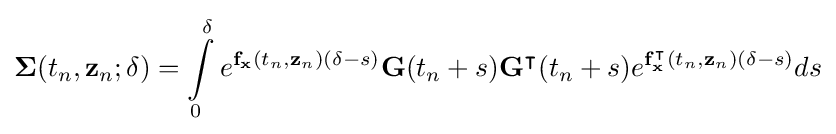
\mathbf {\Sigma } (t_{n},\mathbf {z} _{n};\delta )=\int \limits _{0}^{\delta }e^{\mathbf {f} _{\mathbf {x} }(t_{n},\mathbf {z} _{n})(\delta -s)}\mathbf {G} (t_{n}+s)\mathbf {G} ^{\intercal }(t_{n}+s)e^{\mathbf {f} _{\mathbf {x} }^{\intercal }(t_{n},\mathbf {z} _{n})(\delta -s)}ds